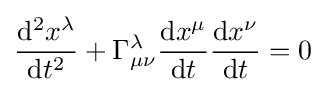
{\frac {{\rm {d}}^{2}x^{\lambda }}{{\rm {d}}t^{2}}}+\Gamma _{\mu \nu }^{\lambda }{\frac {{\rm {d}}x^{\mu }}{{\rm {d}}t}}{\frac {{\rm {d}}x^{\nu }}{{\rm {d}}t}}=0\